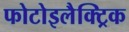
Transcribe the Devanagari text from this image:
फोटोइलैक्ट्रिक